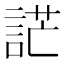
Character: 𧨔